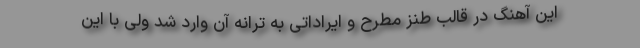
این آهنگ در قالب طنز مطرح و ایراداتی به ترانه آن وارد شد ولی با این